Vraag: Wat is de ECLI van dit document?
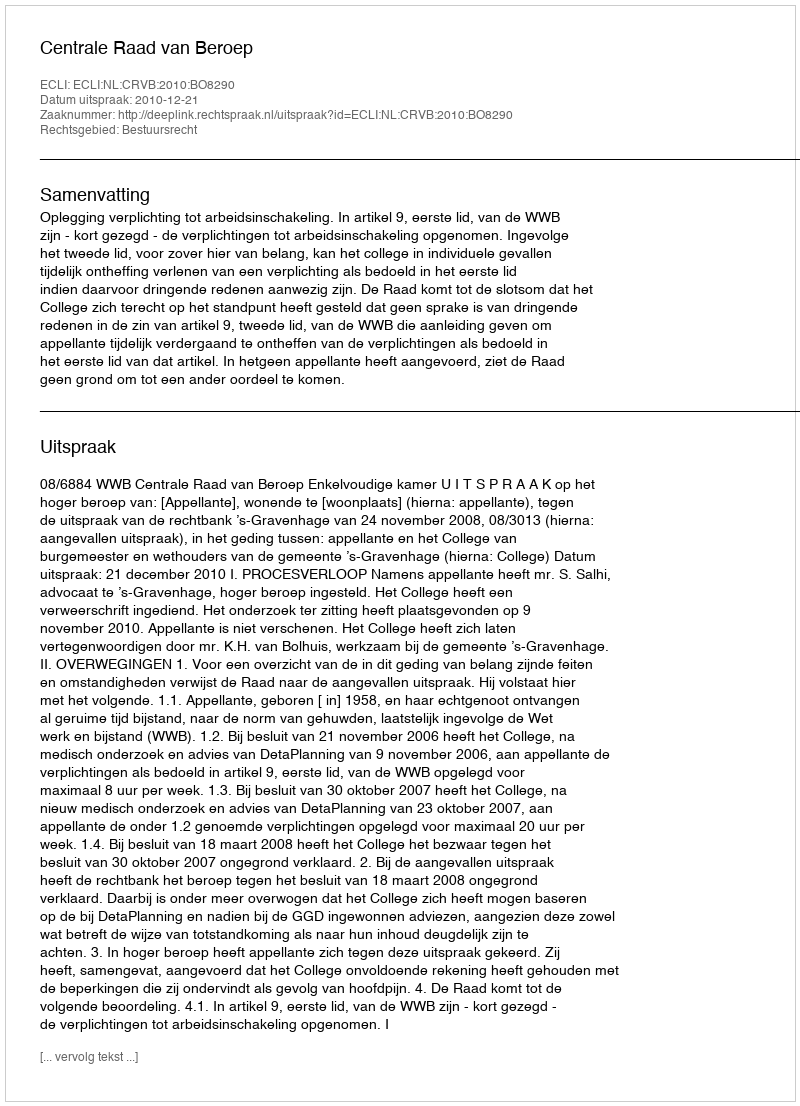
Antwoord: ECLI:NL:CRVB:2010:BO8290